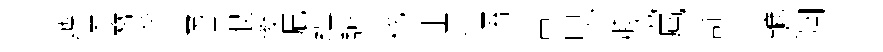
迤渠簪蒞黃迢恨後漉藴讌耗址運晤苦甫抄膝協鳳舒个鑣濶